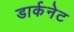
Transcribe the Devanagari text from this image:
डार्कनेट